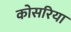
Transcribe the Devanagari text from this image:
कोसरिया